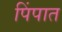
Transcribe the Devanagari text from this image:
पिंपात